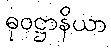
ဓုဝဋ္ဌာနိယာ